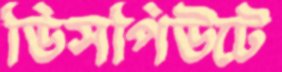
ডিসপিউটে